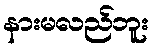
နားမလည်ဘူး